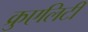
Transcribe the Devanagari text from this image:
क्रुएलिटी